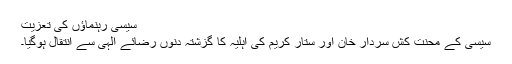
سیسی رہنماؤں کی تعزیت
سیسی کے محنت کش سردار خان اور ستار کریم کی اہلیہ کا گزشتہ دنوں رضائے الٰہی سے انتقال ہوگیا۔